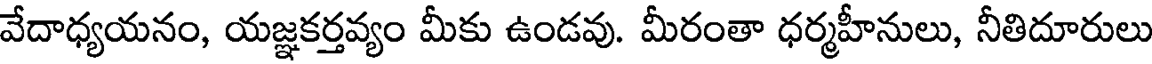
వేదాధ్యయనం, యజ్ఞకర్తవ్యం మీకు ఉండవు. మీరంతా ధర్మహీనులు, నీతిదూరులు